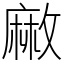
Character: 䵇